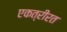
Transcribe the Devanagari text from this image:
एकत्रीरत